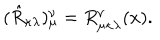
LaTeX: ( \hat { R } _ { \kappa \lambda } ) _ { \mu } ^ { \nu } = R _ { \mu \kappa \lambda } ^ { \nu } ( x ) .